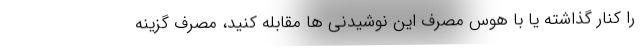
را کنار گذاشته یا با هوس مصرف این نوشیدنی ها مقابله کنید، مصرف گزینه